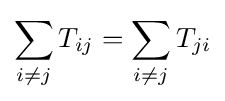
\sum _{i\neq j}T_{ij}=\sum _{i\neq j}T_{ji}